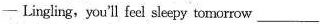
— Lingling, you'll feel sleepy tomorrow___